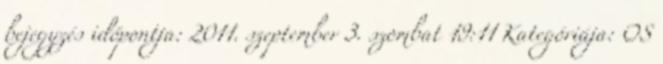
bejegyzés időpontja: 2011. szeptember 3. szombat 19:11 Kategóriája: OS